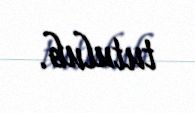
tutulub.